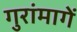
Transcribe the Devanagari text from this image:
गुरांमागें